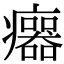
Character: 𤼅